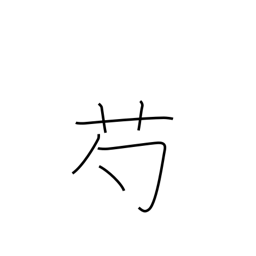
Meaning: peony